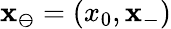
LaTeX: \mathbf{x}_{\ominus}=(x_{0},\mathbf{x}_{-})